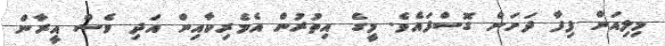
މިލިއަން ފިފާ ދަށަށް ގޮސްފައެވެ. މީގެ އިތުރުން އެމެރިކާއިން އަދި ވެސް އީރާން